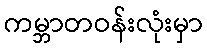
ကမ္ဘာတဝန်းလုံးမှာ